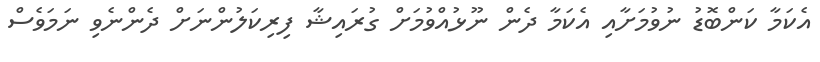
އެކަމާ ކަންބޮޑު ނުވުމަށާއި އެކަމާ ދެން ނޫޅުއްވުމަށް ގުރައިޝާ ފިރިކަލުންނަށް ދެންނެވި ނަމަވެސް